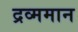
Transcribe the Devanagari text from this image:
द्रव्ममान